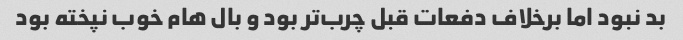
بد نبود اما برخلاف دفعات قبل چرب‌تر بود و بال هام خوب نپخته بود